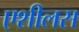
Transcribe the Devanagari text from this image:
एशीलस